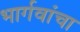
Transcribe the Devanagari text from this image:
भार्गवांचा